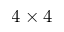
4 \times 4